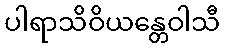
ပါရာသိဝိယန္တေဝါသီ